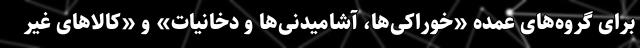
برای گروه‌های عمده «خوراکی‌ها، آشامیدنی‌ها و دخانیات» و «کالاهای غیر